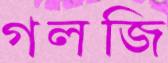
গলজি